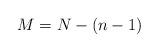
LaTeX: \begin{align*} M=N-(n-1)\end{align*}